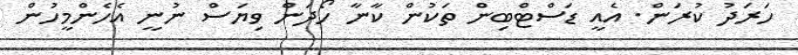
ހަރަދު ކުރަން. އެއީ ޑަސްޓްބިން ތަކުން ކާނާ ހޯދަން ވިޔަސް ނުނީ އެހެންމީހުން